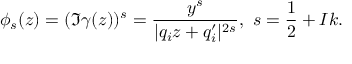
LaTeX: \phi _ { s } ( z ) = ( \Im \gamma ( z ) ) ^ { s } = \frac { y ^ { s } } { | q _ { i } z + q _ { i } ^ { \prime } | ^ { 2 s } } , ~ s = \frac { 1 } { 2 } + I k .